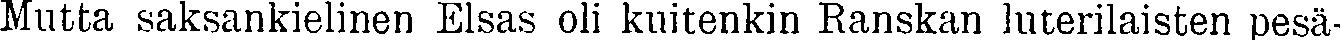
Mutta saksankielinen Elsas oli kuitenkin Ranskan luterilaisten pesä-